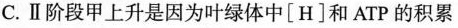
C.Ⅱ阶段甲上升是因为叶绿体中\left{ H\right} 和ATP的积累